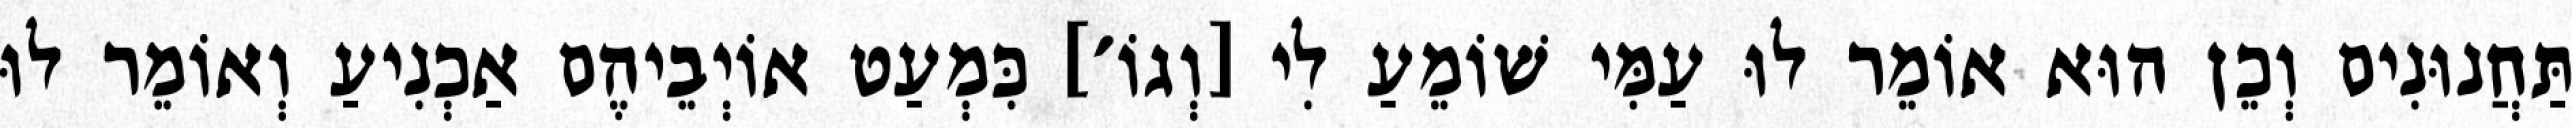
תַּחֲנוּנִים וְכֵן הוּא אוֹמֵר לוּ עַמִּי שׁוֹמֵעַ לִי [וְגוֹ׳] כִּמְעַט אוֹיְבֵיהֶם אַכְנִיעַ וְאוֹמֵר לוּ